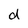
Character: d